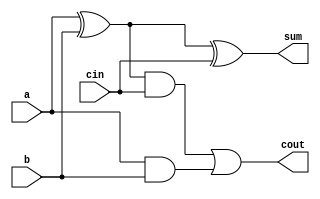
`timescale 1ns / 1ps
//////////////////////////////////////////////////////////////////////////////////
// Company: 
// Engineer: 
// 
// Design Name: 
// Module Name:    final_adder2 
// Project Name: 
// Target Devices: 
// Tool versions: 
// Description: 
//
// Dependencies: 
//
// Revision: 
// Revision 0.01 - File Created
// Additional Comments: 
//
//////////////////////////////////////////////////////////////////////////////////
module final_adder2(a,b,cin,sum,cout
    );
	
	 input a,b,cin;
	 output sum,cout;
	 wire w1,w2,w3,w4;
	 xor a1(w1,a,b);
	 xor a2(sum,w1,cin);
	 and a3(w2,a,b);
	 xor a4(w3,a,b);
	 and a5(w4,w3,cin);
	 or a6(cout,w4,w2);


endmodule


module RCA_4adder(X,Y,C,S,Cout);

 input [7:0]X,Y;
 input C;
 output [7:0]S;
 output Cout;
 wire w1,w2,w3,w4,w5,w6,w7,w8;
   final_adder2 a1(X[0],Y[0],C,S[0],w1);
   final_adder2 a2(X[1],Y[1],w1,S[1],w2);
   final_adder2 a3(X[2],Y[2],w2,S[2],w3);
   final_adder2 a4(X[3],Y[3],w3,S[3],w4);
   final_adder2 a5(X[4],Y[4],w4,S[4],w5);
   final_adder2 a6(X[5],Y[5],w5,S[5],w6);
   final_adder2 a7(X[6],Y[6],w6,S[6],w7);
   final_adder2 a8(X[7],Y[7],w7,S[7],Cout);
  


endmodule